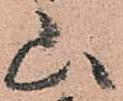
山